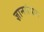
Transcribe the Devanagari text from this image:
ज्ञानसंवाद